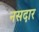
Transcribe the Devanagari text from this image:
नसदार